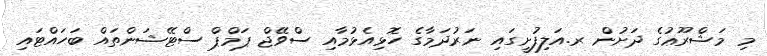
މި މަޝްރޫޢުގެ ދަށުން ރ.އަލިފުށީގައި ނަރުދަމާގެ ހޮޅިއެޅުމާއި ސްވޭޖް ޕަމްޕް ސްޓޭޝަންތައް ބަހައްޓައި